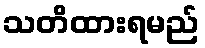
သတိထားရမည်